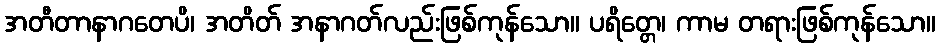
အတီတာနာဂတေပိ၊ အတိတ် အနာဂတ်လည်းဖြစ်ကုန်သော။ ပရိတ္တေ၊ ကာမ တရားဖြစ်ကုန်သော။